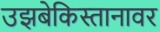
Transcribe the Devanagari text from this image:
उझबेकिस्तानावर